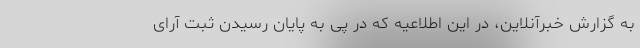
به گزارش خبرآنلاین، در این اطلاعیه‌ که در پی به پایان رسیدن ثبت آرای